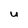
Character: u